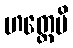
ဟတ္ထေပိ